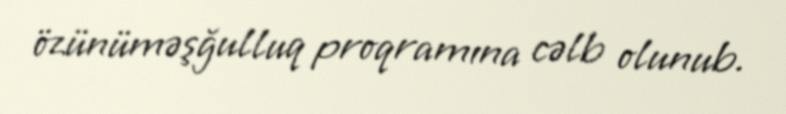
özünüməşğulluq proqramına cəlb olunub.